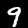
Label: 9